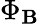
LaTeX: \Phi_{\mathbf{B}}